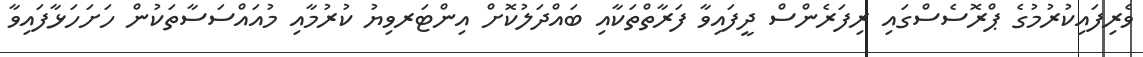
ވެރިފައިކުރުމުގެ ޕްރޮސެސްގައި ރިފަރެންސް ދީފައިވާ ފަރާތްތަކާއި ބައްދަލުކޮށް އިންޓަރވިޔު ކުރުމާއި މުއައްސަސާތަކުން ހަށަހަޅާފައިވާ